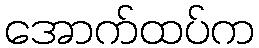
အောက်ထပ်က